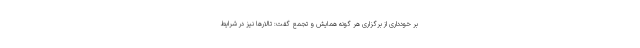
بر خودداری از برگزاری هر گونه همایش و تجمع گفت: تالارها نیز در شرایط